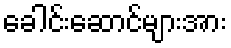
ခေါင်းဆောင်များအား